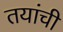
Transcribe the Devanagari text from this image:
तयांची